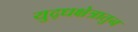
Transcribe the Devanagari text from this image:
युद्धक्षेत्रातुन